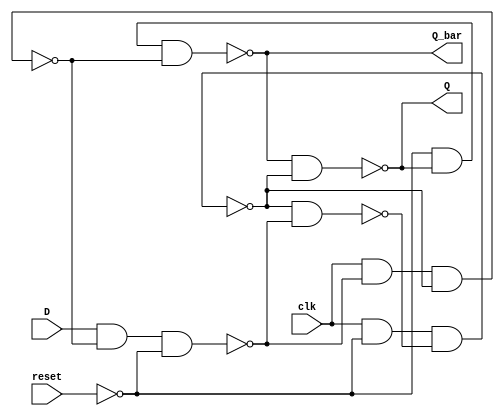
//initializing the flip flop
module ff (clk, reset, D, Q, Q_bar);
input clk, reset, D;
output Q, Q_bar;

//wires s, s_bar, r, r_bar
wire S, S_bar, R, R_bar;
nand (S, clk, ~reset, S_bar);
nand (S_bar, S, R_bar);

nand (R, clk, R_bar, S);
nand (R_bar, D, R, ~reset);

//outputs
nand (Q, Q_bar, S);
nand (Q_bar, ~reset, Q, R);
endmodule